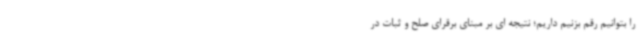
را بتوانیم رقم بزنیم داریم؛ نتیجه ای بر مبنای برقرای صلح و ثبات در